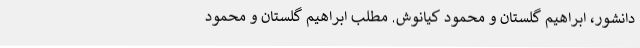
دانشور، ابراهیم گلستان و محمود کیانوش. مطلب ابراهیم گلستان و محمود